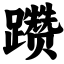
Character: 躜